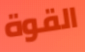
القوة